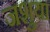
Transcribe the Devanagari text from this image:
जशुया